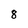
Character: 8